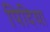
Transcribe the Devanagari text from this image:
पिदिया